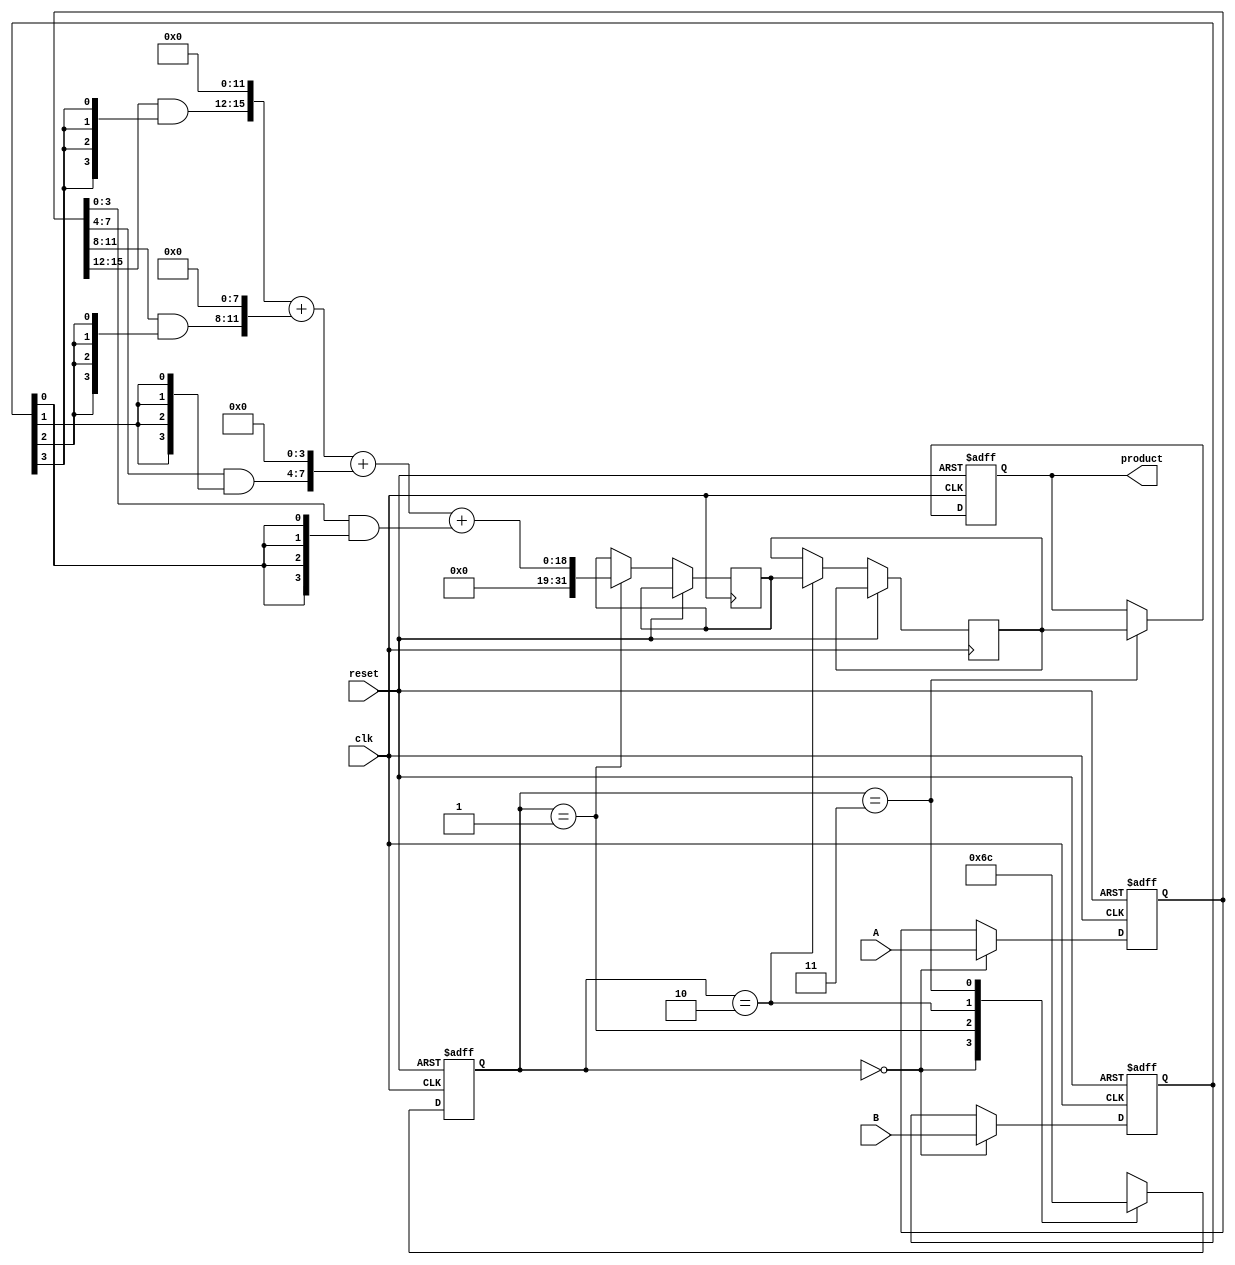
module pipelined_sliced_multiplier (
    input wire clk,
    input wire reset,
    input wire [15:0] A,
    input wire [15:0] B,
    output reg [31:0] product
);

    // Internal signals
    reg [15:0] A_reg, B_reg;
    reg [3:0] partial_product [0:3]; // Partial products for each slice
    reg [31:0] sum_stage1, sum_stage2; // Intermediate sums
    reg [31:0] final_sum; // Final sum

    // State machine for control (simplified)
    reg [1:0] state;
    localparam IDLE = 2'b00, 
               SLICE = 2'b01, 
               ADD = 2'b10, 
               OUTPUT = 2'b11;

    // Pipeline registers for output
    reg [31:0] product_reg;

    // Partial product generation
    always @(*) begin
        partial_product[0] = A_reg[3:0] & {4{B_reg[0]}}; // Slice 0
        partial_product[1] = A_reg[7:4] & {4{B_reg[1]}}; // Slice 1
        partial_product[2] = A_reg[11:8] & {4{B_reg[2]}}; // Slice 2
        partial_product[3] = A_reg[15:12] & {4{B_reg[3]}}; // Slice 3
    end

    // Pipelining stages
    always @(posedge clk or posedge reset) begin
        if (reset) begin
            A_reg <= 16'b0;
            B_reg <= 16'b0;
            product <= 32'b0;
            state <= IDLE;
        end else begin
            case (state)
                IDLE: begin
                    // Load inputs
                    A_reg <= A;
                    B_reg <= B;
                    state <= SLICE;
                end
                SLICE: begin
                    // Generate partial products
                    sum_stage1 <= {partial_product[3], 12'b0} + 
                                  {partial_product[2], 8'b0} + 
                                  {partial_product[1], 4'b0} + 
                                  {partial_product[0]};
                    state <= ADD;
                end
                ADD: begin
                    // Final addition (in this case, it's directly from sum_stage1)
                    final_sum <= sum_stage1;
                    state <= OUTPUT;
                end
                OUTPUT: begin
                    // Output the final product
                    product <= final_sum;
                    state <= IDLE; // Go back to idle
                end
            endcase
        end
    end

endmodule